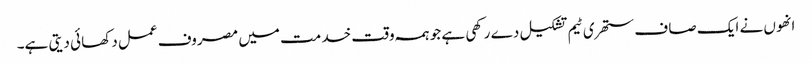
انھو ں نے ایک صا ف ستھر ی ٹیم تشکیل دے رکھی ہے جو ہمہ وقت خد مت میں مصروف عمل دکھا ئی دیتی ہے۔